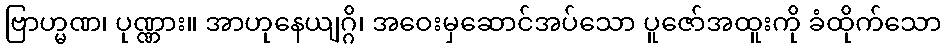
ဗြာဟ္မဏ၊ ပုဏ္ဏား။ အာဟုနေယျဂ္ဂိ၊ အဝေးမှဆောင်အပ်သော ပူဇော်အထူးကို ခံထိုက်သော